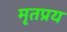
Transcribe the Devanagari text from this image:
मृतप्रय